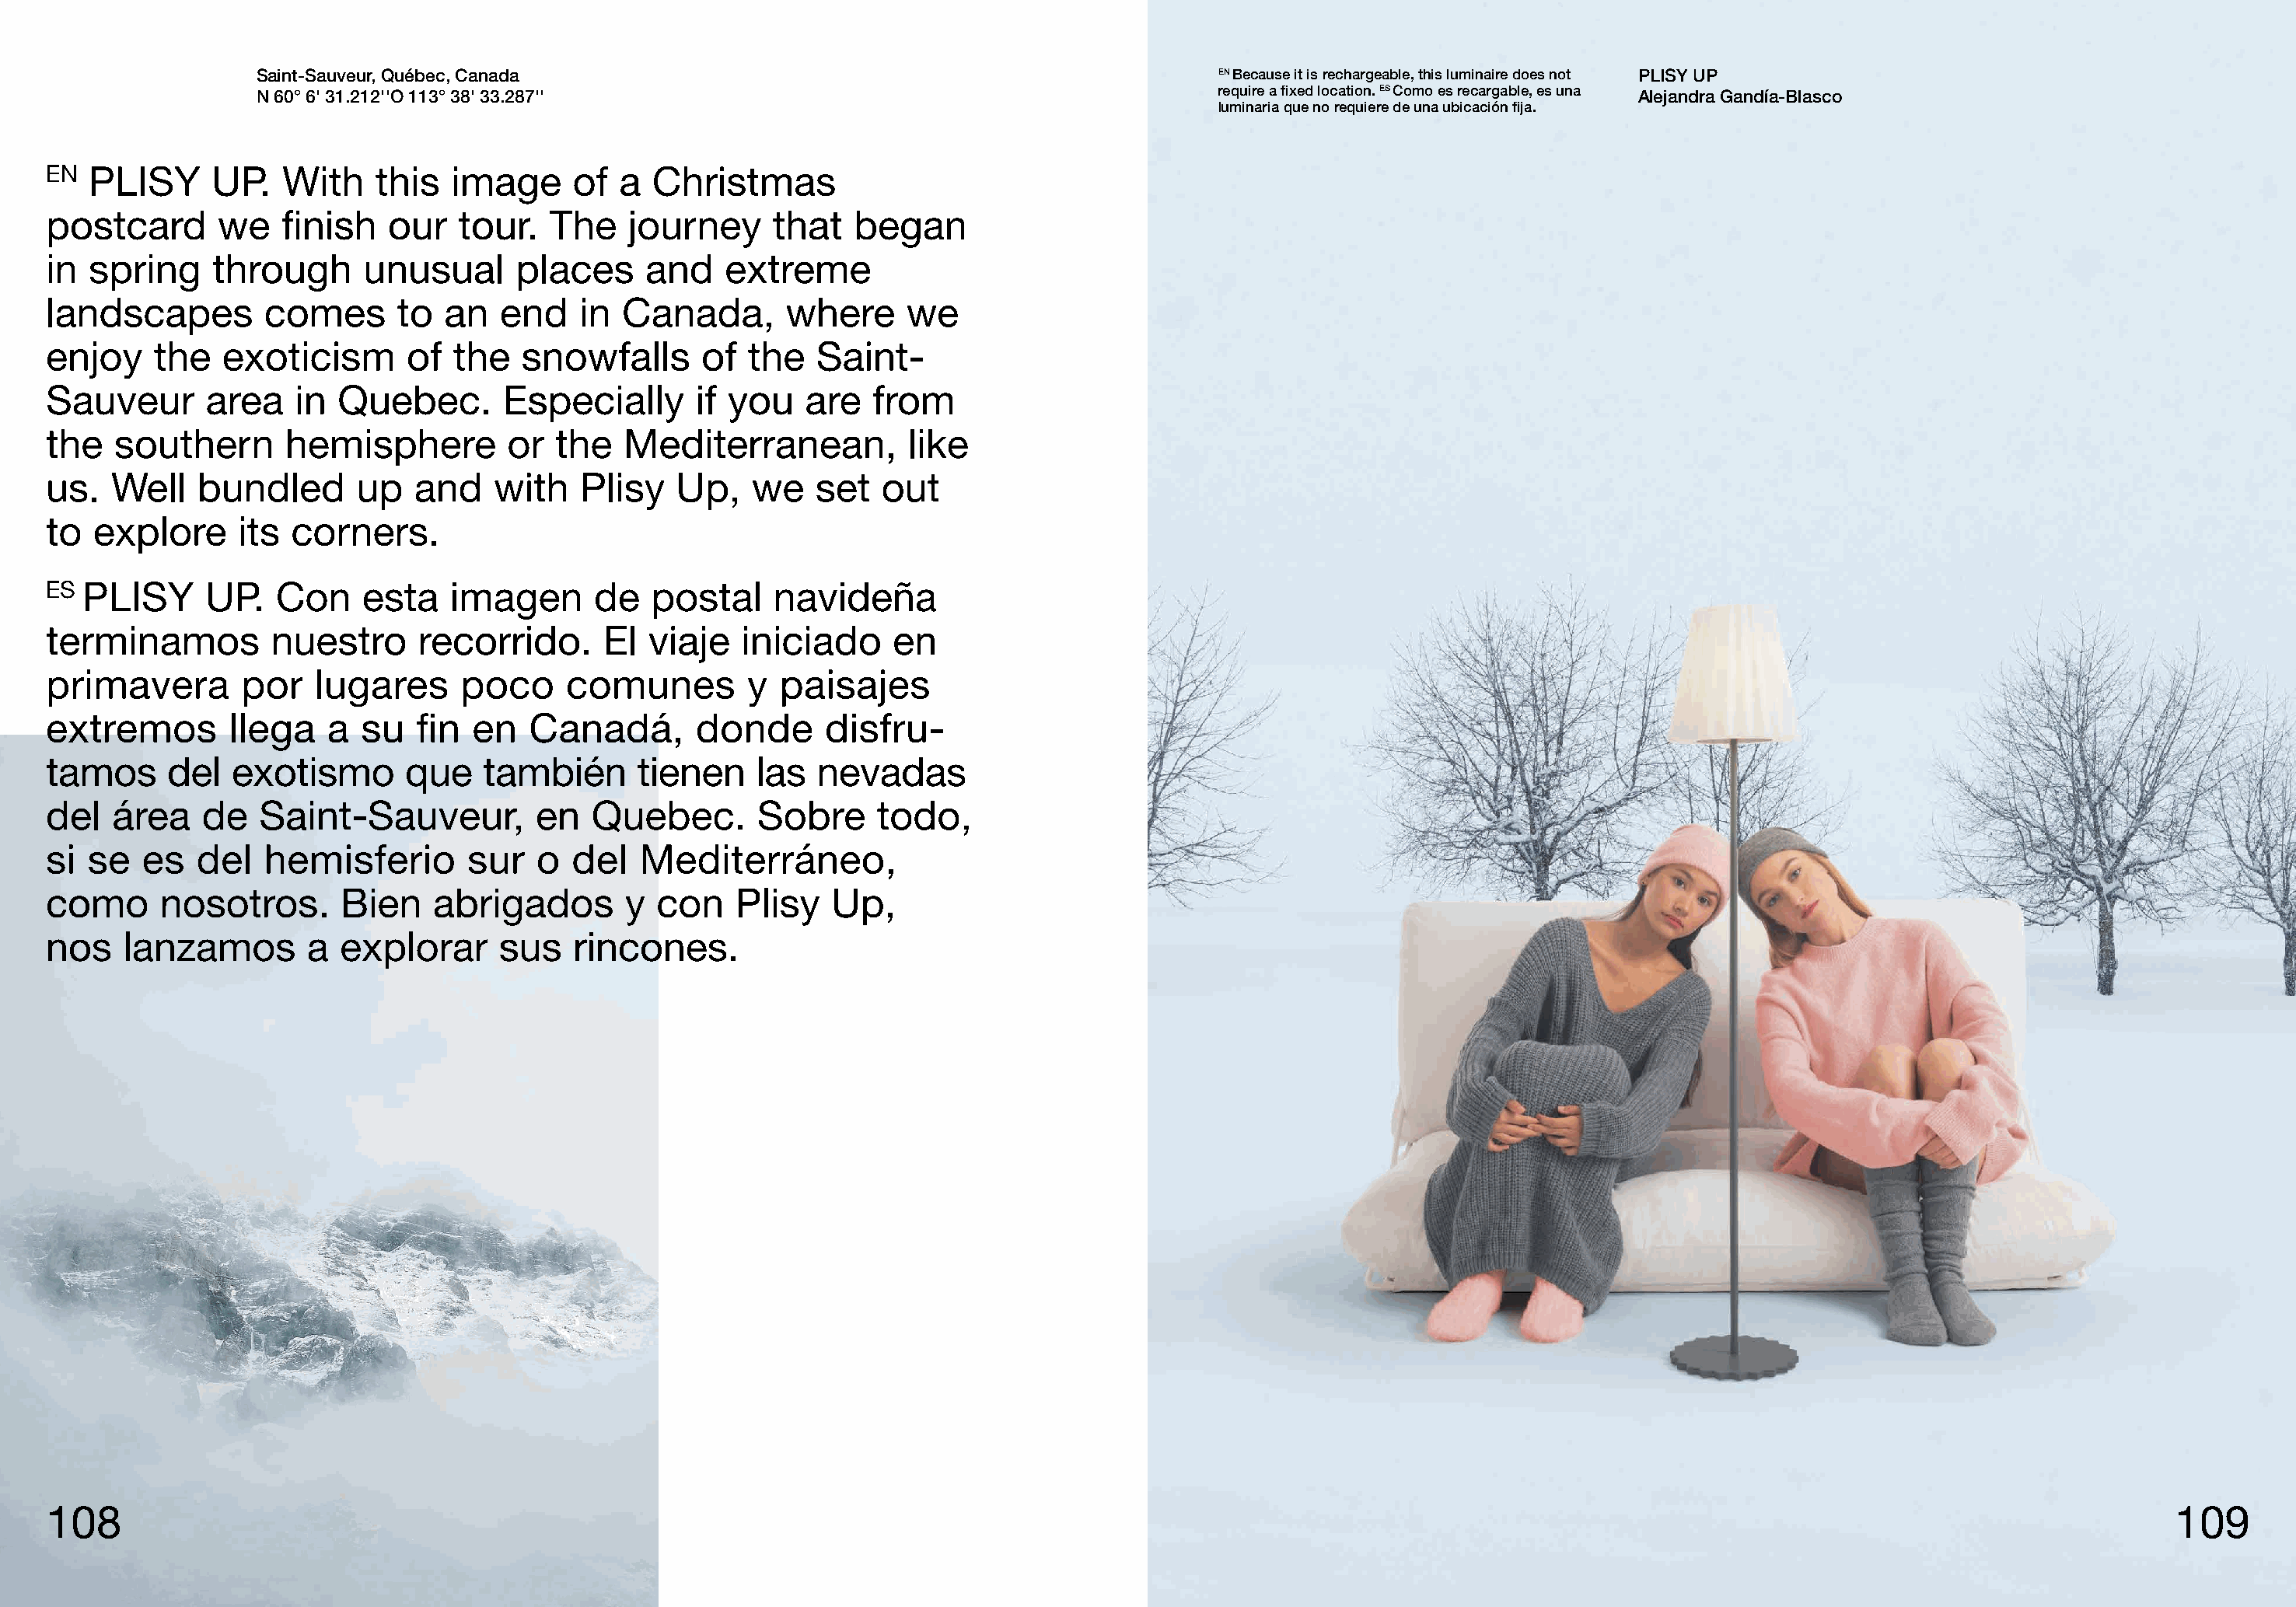
Saint-Sauveur, Québec, Canada                                                     EN Because it is rechargeable, this luminaire does not PLISY UP
 N 60° 6' 31.212''O 113° 38' 33.287''                                              require a fixed location. ES Como es recargable, es una Alejandra Gandía-Blasco
 luminaria que no requiere de una ubicación fija.
 EN  PLISY     UP.   With    this  image      of  a  Christmas
 postcard       we   finish   our   tour.   The   journey      that   began
 in  spring    through      unusual      places     and    extreme
 landscapes        comes       to  an   end   in  Canada,       where     we
 enjoy    the   exoticism       of  the  snowfalls       of  the  Saint-
 Sauveur       area   in  Quebec.       Especially      if you    are  from
 the   southern      hemisphere         or  the   Mediterranean,          like
 us.  Well    bundled      up   and    with   Plisy    Up,   we   set   out
 to  explore     its  corners.
 ES PLISY     UP.   Con     esta   imagen       de  postal     navideña
 terminamos         nuestro      recorrido.     El  viaje   iniciado     en
 primavera        por   lugares     poco     comunes         y paisajes
 extremos       llega    a  su  fin  en   Canadá,       donde      disfru-
 tamos     del   exotismo      que    también      tienen    las   nevadas
 del   área   de   Saint-Sauveur,          en  Quebec.       Sobre      todo,
 si se   es   del  hemisferio        sur   o  del  Mediterráneo,
 como      nosotros.      Bien    abrigados       y  con    Plisy   Up,
 nos   lanzamos        a  explorar     sus    rincones.
 108                                                                                                                                                                                  109